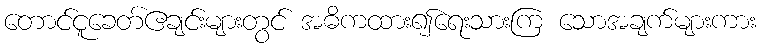
တောင်ငူခေတ်ဧချင်းများတွင် အဓိကထား၍ရေးသားကြ သောအချက်များကား